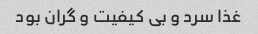
غذا سرد و بی کیفیت و گران بود